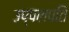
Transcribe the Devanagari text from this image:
उप्पलपति